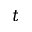
t